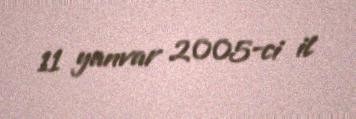
11 yanvar 2005-ci il